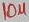
Text: 10µ